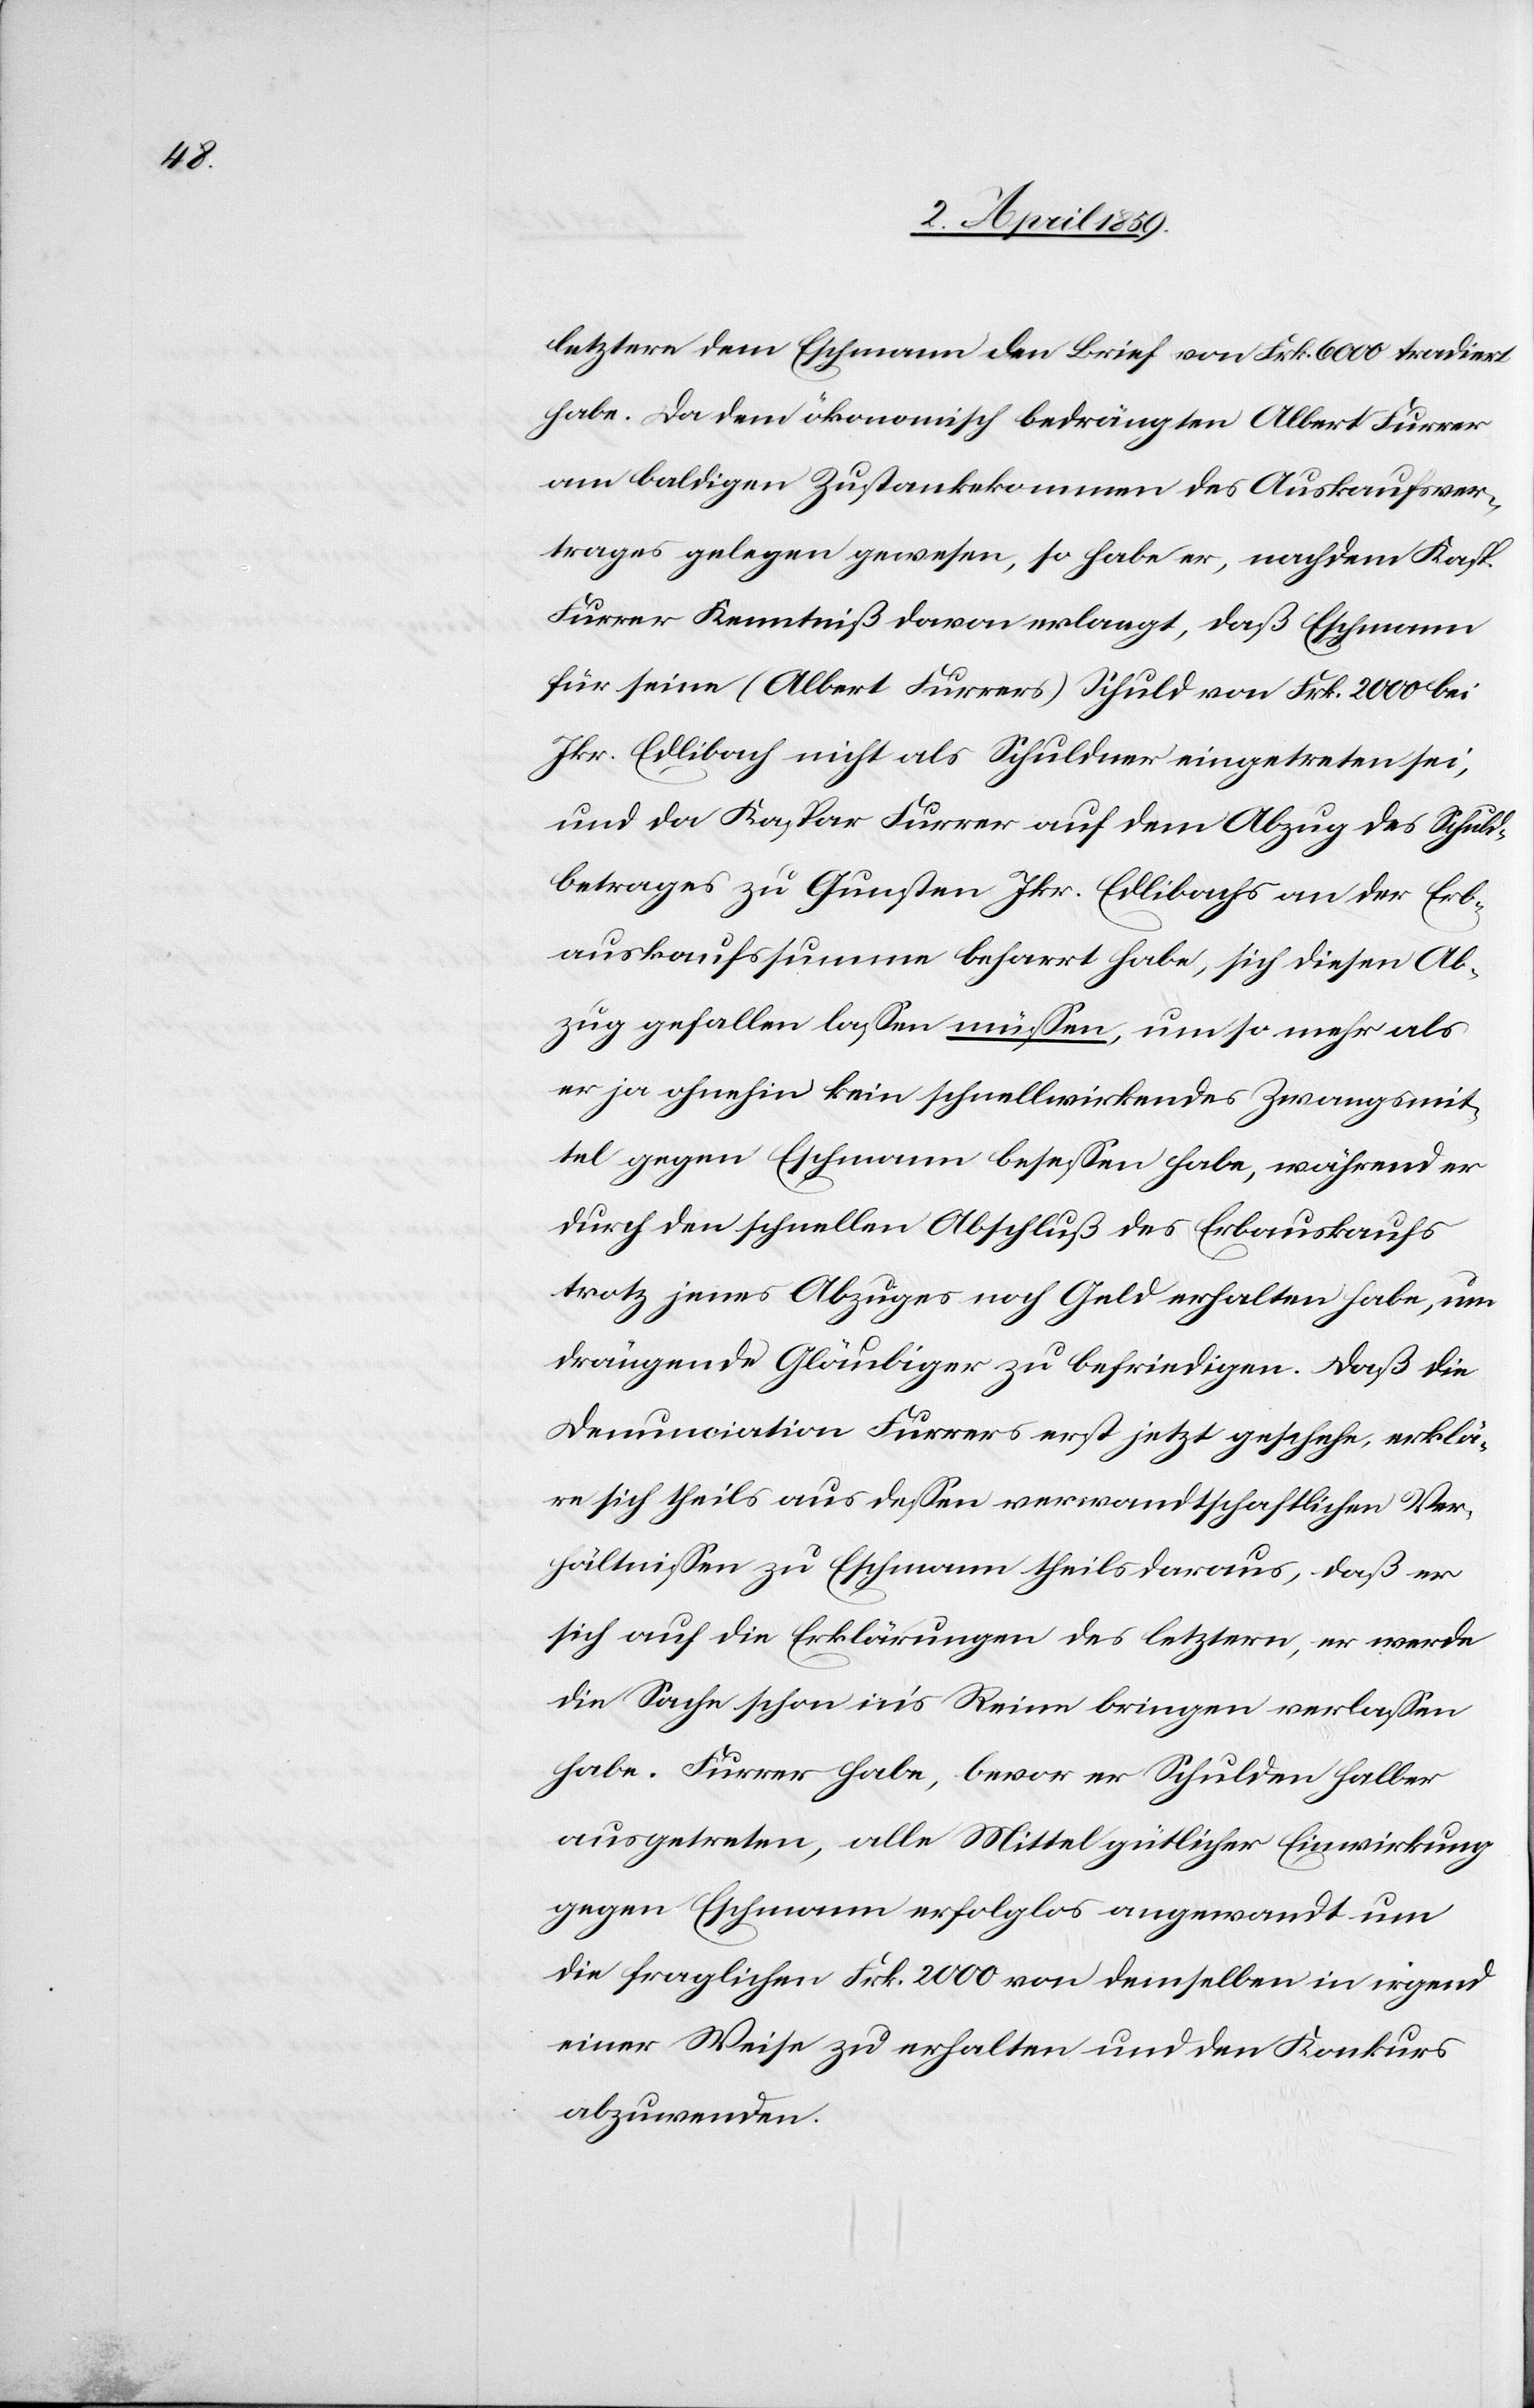
men]

des Auskaufsver¬
letztere dem Eschmann den Brief von Frk. 6000 tradiert
habe. Da den ökonomisch bedrängten Albert Furrer
am baldigen Zustankekommen [recte: Zustandekom¬
trages gelegen gewesen, so habe er, nachdem Kasp.
Furrer Kenntniß davon erlangt, daß Eschmann
für seine (Albert Furrers) Schuld von Frk. 2000 bei
Jkr. Edlibach nicht als Schuldner eingetreten sei,
und da Kaspar Furrer auf dem Abzug des Schuld¬
betrages zu Gunsten Jkr. Edlibachs an der Erb¬
auskaufssumme beharrt habe, sich diesen Ab¬
zug gefallen laßen müßen, um so mehr als
er ja ohnehin kein schnellwirkendes Zwangsmit¬
tel gegen Eschmann beseßen habe, während er
durch den schnellen Abschluß des Erbauskaufs
trotz jenes Abzuges noch Geld erhalten habe, um
drängende Gläubiger zu befriedigen. Daß die
Denunciation Furrers erst jetzt geschehe, erklä¬
re sich theils aus deßen verwandtschaftlichen Ver¬
hältnißen zu Eschmann theils daraus, daß er
sich auf die Erklärungen des letztern, er werde
die Sache schon ins Reine bringen verlaßen
habe. Furrer habe, bevor er Schulden halber
ausgetreten, alle Mittel gütlicher Einwirkung
gegen Eschmann erfolglos angewandt um
die fraglichen Frk. 2000 von demselben in irgend
einer Weise zu erhalten und den Konkurs
abzuwenden.